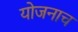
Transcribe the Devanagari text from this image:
योजनाच